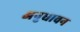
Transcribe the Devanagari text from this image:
अनुधावन